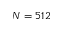
N = 5 1 2